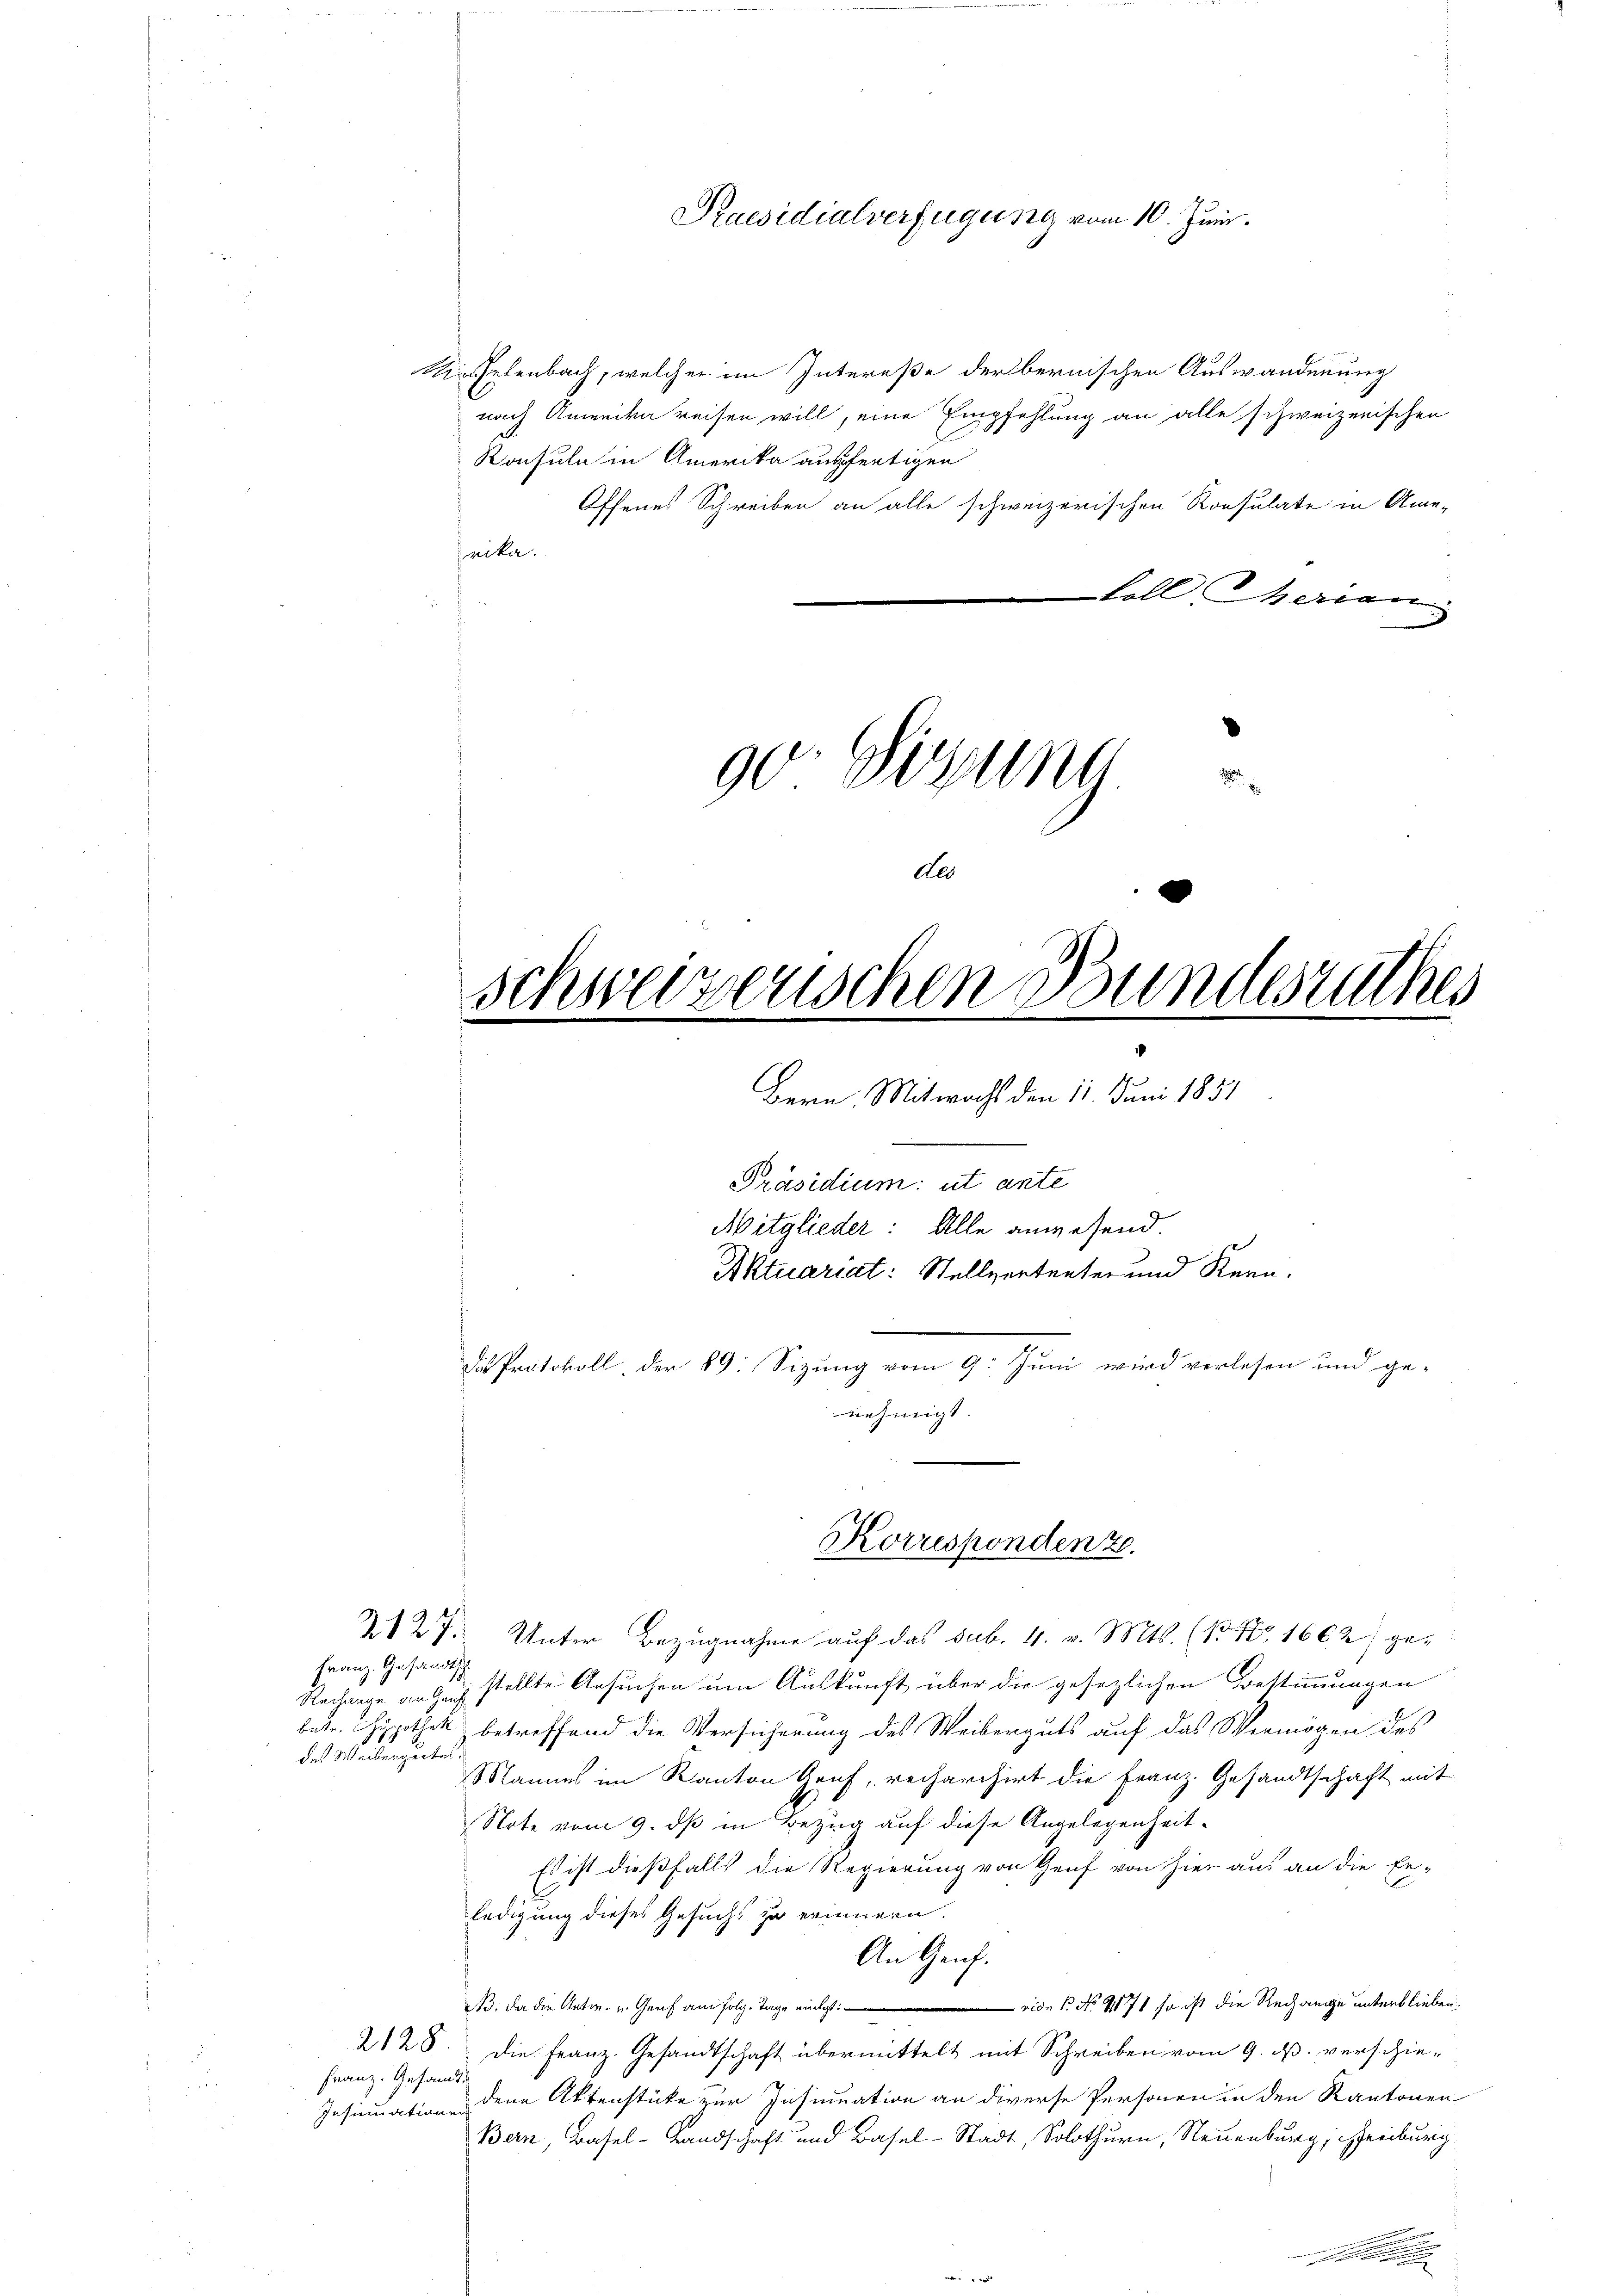
Kiselenbach, welcher im Intereße der bernischen Auswanderung
nach Anweile reisen will, eine Empfehlung an alle schweizerischen
Ronsuln in Amerika ausfertigen
Offenes Schreiben an alle schweizerischen Konsulate in Ame-
rika.
koll herien

Praesidialverfügung vom 10. Juni.

90. Dezung

de
Schweizerischen Bundesrathes

d
I
.
Bern. Mitwochs den 11. Juni 1831.
Präsidium ut ante
Mitglieder: Alle anwesend.
Aktuariat: Stellvertreter und Kern.
das Protokoll, der 89. Sizung vom 9. Juni wird verlesen und ge-
nehmigt

Korrespondent.

2127 Unter Bezugnahme auf das sub. 4. v. Mts. (13 No 1662) ge-
Franz. Gesandtsch
Rechange an Zeich stellte Ansuchen um Auskunft über die gesetzlichen Bestimmungen
betr. Hypothek betreffend die Versicherung des Weiberguts auf das Vermögen des
des Mandenzunter
Mannes im Kanton Gruf, recharchirt die Franz. Gesandtschaft mit
Note vom 9. dß in Bezug auf diese Angelegenheit
Es ist dießfalls die Regierung von Genf von hier aus an die Er-
ledigung dieses Gesuchs zu erinnern.
An Genf.
B. da die Anton, u. Genf am folg. Tage einigt. P. Nr. 1871 so ist die Rechange unterblieben.
228. Die Franz. Gesandtschaft übermittelt mit Schreiben vom 9. ds. verschie¬
Franz. Gesandt
Insinuation dene Aktenstücke zur Insinuation an diverse Personen in den Kantonen
Bern, Basel-Landschaft und Basel-Stadt, Solothurn, Neuenburg, Freiburg

.